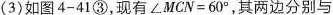
( 3 ) 如图 4-41③，现有$$∠ M C N = 6 0 °$$，其两边分别与